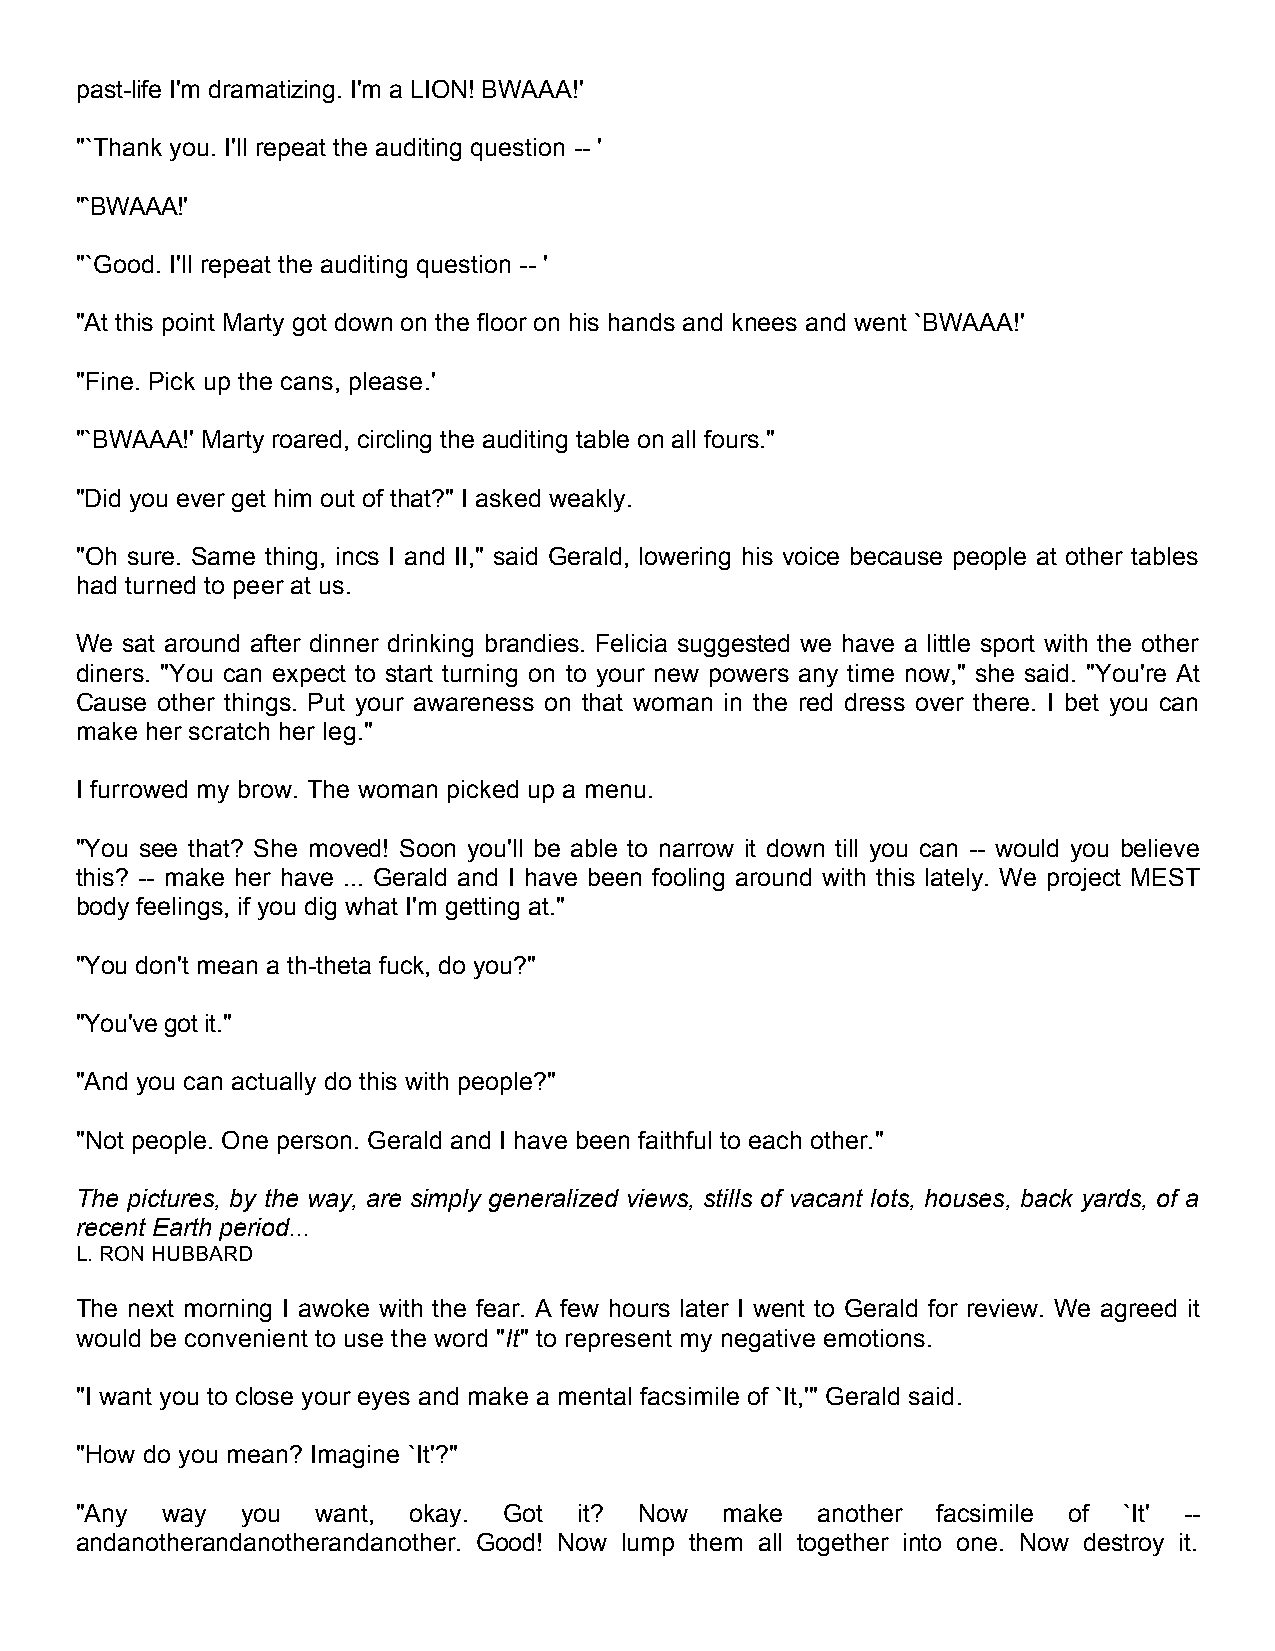
past-life I'm dramatizing. I'm a LION! BWAAA!'
 "`Thank you. I'll repeat the auditing question -- '
 "`BWAAA!'
 "`Good. I'll repeat the auditing question -- '
 "At this point Marty got down on the floor on his hands and knees and went `BWAAA!'
 "Fine. Pick up the cans, please.'
 "`BWAAA!' Marty roared, circling the auditing table on all fours."
 "Did you ever get him out of that?" I asked weakly.
 "Oh sure. Same thing, incs I and II," said Gerald, lowering his voice because people at other tables
 had turned to peer at us.
 We sat around after dinner drinking brandies. Felicia suggested we have a little sport with the other
 diners. "You can expect to start turning on to your new powers any time now," she said. "You're At
 Cause other things. Put your awareness on that woman in the red dress over there. I bet you can
 make her scratch her leg."
 I furrowed my brow. The woman picked up a menu.
 "You see that? She moved! Soon you'll be able to narrow it down till you can -- would you believe
 this? -- make her have ... Gerald and I have been fooling around with this lately. We project MEST
 body feelings, if you dig what I'm getting at."
 "You don't mean a th-theta fuck, do you?"
 "You've got it."
 "And you can actually do this with people?"
 "Not people. One person. Gerald and I have been faithful to each other."
 The pictures, by the way, are simply generalized views, stills of vacant lots, houses, back yards, of a
 recent Earth period...
 L. RON HUBBARD
 The next morning I awoke with the fear. A few hours later I went to Gerald for review. We agreed it
 would be convenient to use the word "It" to represent my negative emotions.
 "I want you to close your eyes and make a mental facsimile of `It,'" Gerald said.
 "How do you mean? Imagine `It'?"
 "Any  way  you  want, okay. Got  it? Now   make  another facsimile of `It' --
 andanotherandanotherandanother. Good! Now lump them all together into one. Now destroy it.